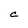
Character: C